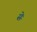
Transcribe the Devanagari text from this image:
सेः